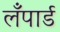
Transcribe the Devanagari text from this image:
लँपार्ड